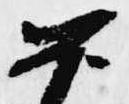
如